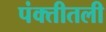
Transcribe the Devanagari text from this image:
पंक्तीतली